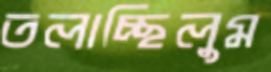
তলাচ্ছিলুম